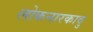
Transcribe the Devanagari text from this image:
लोकनारकावु